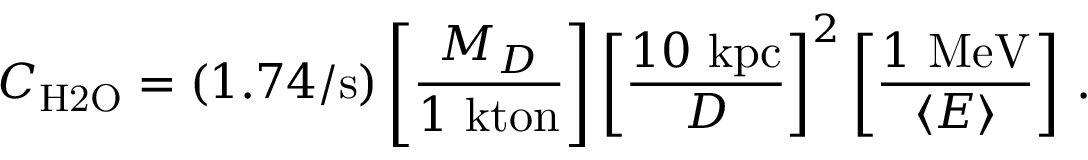
C _ { \mathrm { H 2 O } } = ( 1 . 7 4 / \mathrm { s } ) \left[ \frac { M _ { D } } { 1 \mathrm { \ k t o n } } \right] \left[ \frac { 1 0 \mathrm { \ k p c } } { D } \right] ^ { 2 } \left[ \frac { 1 \mathrm { \ M e V } } { \langle E \rangle } \right] \, .